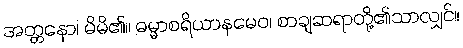
အတ္တနော၊ မိမိ၏။ ဓမ္မာစရိယာနမေဝ၊ စာချဆရာတို့၏သာလျှင်။